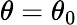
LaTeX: \theta=\theta_{0}